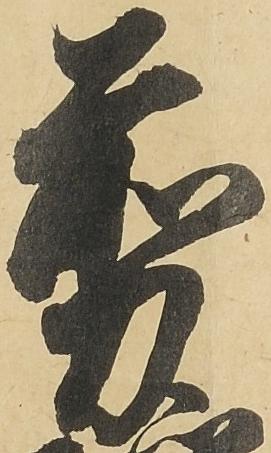
剪